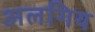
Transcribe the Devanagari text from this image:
अलगिय